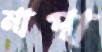
মাপা